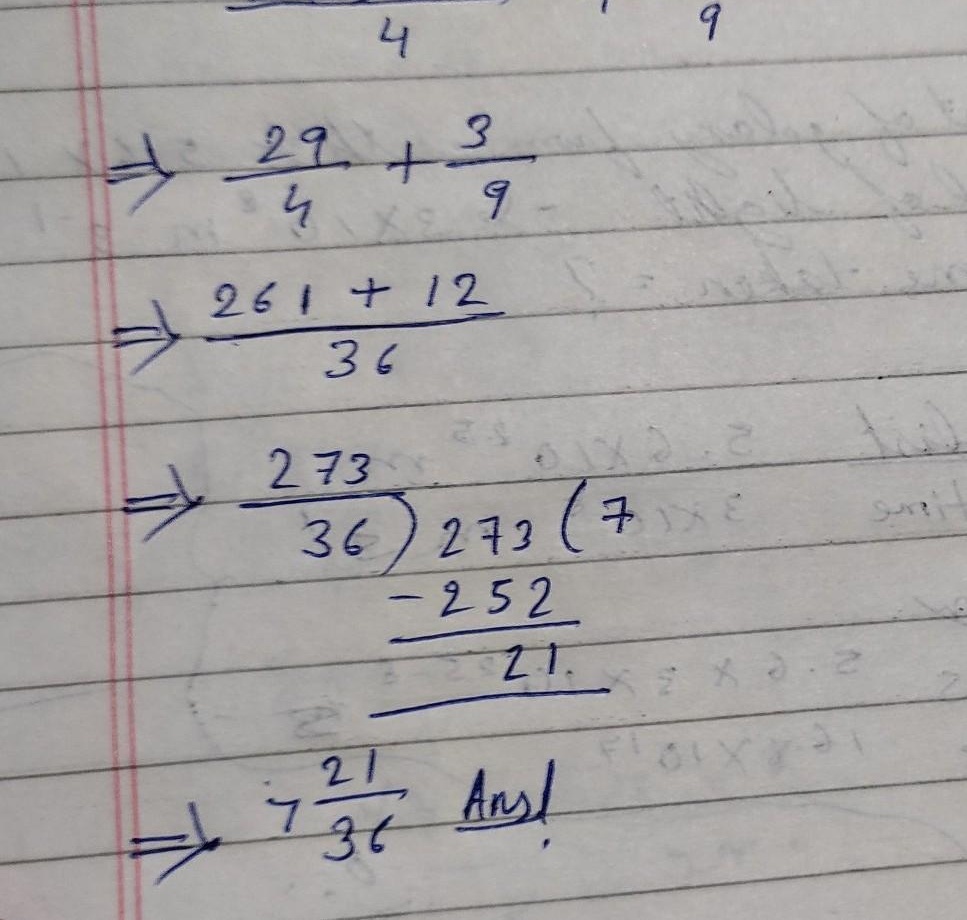
\[
\begin{align*}
&\Rightarrow\frac{29}{4}+\frac{3}{9}\\
&\Rightarrow\frac{261 + 12}{36}\\
&\Rightarrow\frac{273}{36}\\
&\Rightarrow\begin{array}{r}7\\36\enclose{longdiv}{273}\\\underline{-252}\\21\end{array}\\
&\Rightarrow7\frac{21}{36}\text{ Ans!}
\end{align*}
\]